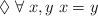
LaTeX: \begin{align*}\Diamond \; \forall \; x, y \; x=y\end{align*}